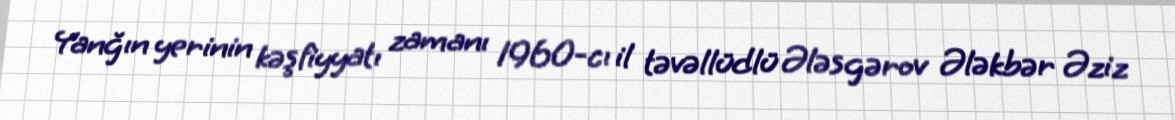
Yanğın yerinin kəşfiyyatı zamanı 1960-cı il təvəllüdlü Ələsgərov Ələkbər Əziz